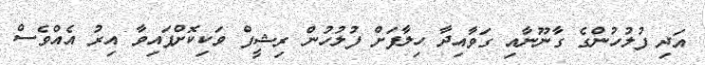
އަދި ފުލުހުންގެ ގާނޫނާއި ގަވާއިދާ ހިލާފަށް ފުލުހުން ރިޝީފް ވަކިކޮށްފައިވާ އިރު އެއްވެސް